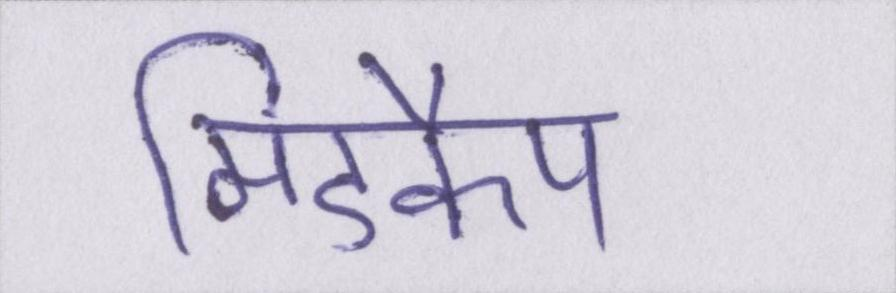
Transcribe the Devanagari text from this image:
मिडकैप